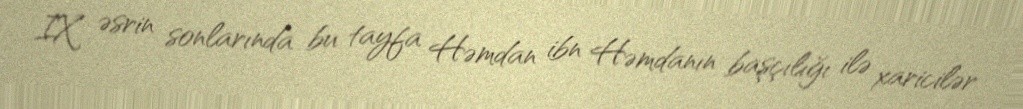
IX əsrin sonlarında bu tayfa Həmdan ibn Həmdanın başçılığı ilə xaricilər